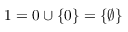
1 = 0 \cup \{ 0 \} = \{ \varnothing \}